Anatomy and histology of ticks - Number 23
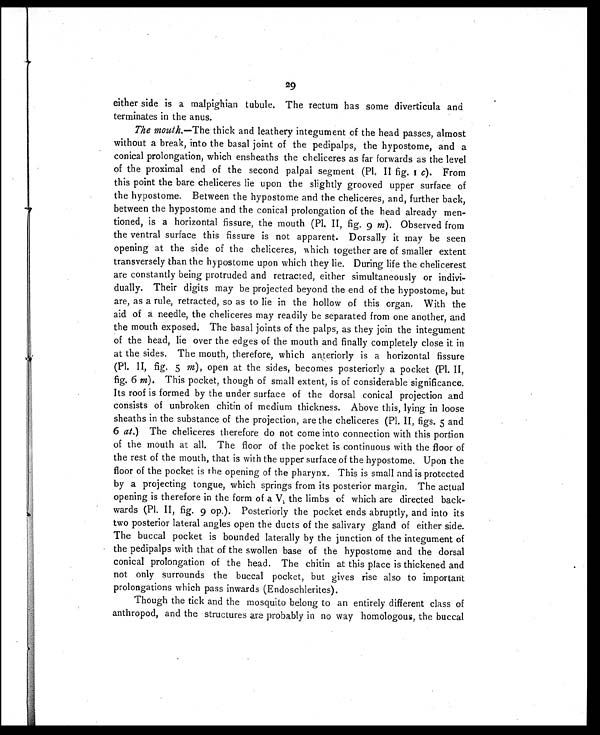
29
either side is a malpighian tubule. The rectum has some diverticula and
terminates in the anus.
The mouth. —The thick and leathery integument of the head passes, almost
without a break, into the basal joint of the pedipalps, the hypostome, and a
conical prolongation, which ensheaths the cheliceres as far forwards as the level
of the proximal end of the second palpal segment (Pl. II fig. 1c).From
this point the bare cheliceres lie upon the slightly grooved upper surface of
the hypostome. Between the hypostome and the cheliceres, and, further back,
between the hypostome and the conical prolongation of the head already men-
tioned, is a horizontal fissure, the mouth (Pl. II, fig. 9 m). Observed from
the ventral surface this fissure is not apparent. Dorsally it may be seen
opening at the side of the cheliceres, which together are of smaller extent
transversely than the hypostome upon which they lie. During life the chelicerest
are constantly being protruded and retracted, either simultaneously or indivi-
dually. Their digits may be projected beyond the end of the hypostome, but
are, as a rule, retracted, so as to lie in the hollow of this organ. With the
aid of a needle, the cheliceres may readily be separated from one another, and
the mouth exposed. The basal joints of the palps, as they join the integument
of the head, lie over the edges of the mouth and finally completely close it in
at the sides. The mouth, therefore, which anteriorly is a horizontal fissure
(Pl. II, fig. 5 m), open at the sides, becomes posteriorly a pocket (Pl. II,
fig. 6 m). This pocket, though of small extent, is of considerable significance.
Its roof is formed by the under surface of the dorsal conical projection and
consists of unbroken chitin of medium thickness. Above this, lying in loose
sheaths in the substance of the projection, are the cheliceres (Pl. II, figs. 5 and
6 at .) The cheliceres therefore do not come into connection with this portion
of the mouth at all. The floor of the pocket is continuous with the floor of
the rest of the mouth, that is with the upper surface of the hypostome. Upon the
floor of the pocket is the opening of the pharynx. This is small and is protected
by a projecting tongue, which springs from its posterior margin. The actual
opening is therefore in the form of a V, the limbs of which are directed back-
wards (P1. II, fig. 9 op.). Posteriorly the pocket ends abruptly, and into its
two posterior lateral angles open the ducts of the salivary gland of either side.
The buccal pocket is bounded laterally by the junction of the integument of
the pedipalps with that of the swollen base of the hypostome and the dorsal
conical prolongation of the head. The chitin at this place is thickened and
not only surrounds the buccal pocket, but gives rise also to important
prolongations which pass inwards (Endoschlerites).
Though the tick and the mosquito belong to an entirely different class of
anthropod, and the structures are probably in no way homologous, the buccal